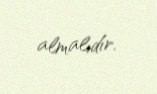
almalıdır.